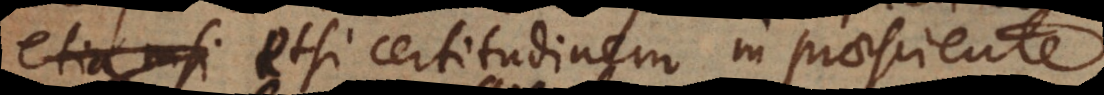
etsi certitudinem in praesciente